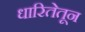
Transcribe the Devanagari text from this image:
धारितेतून